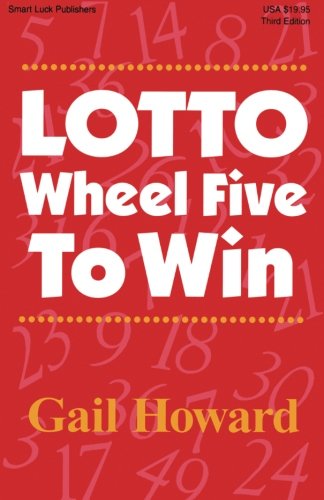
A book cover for Lotto Wheel Five to Win, 3rd Edition; Gail Howard; Humor & Entertainment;